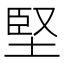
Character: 堅